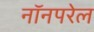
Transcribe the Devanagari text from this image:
नॉनपरेल